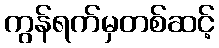
ကွန်ရက်မှတစ်ဆင့်